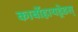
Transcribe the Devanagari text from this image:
कार्बोहायड्रेडस्